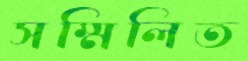
সম্মিলিত